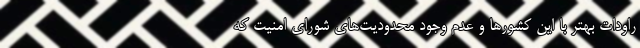
راودات‌ بهتر با این کشورها و عدم وجود محدودیت‌های شورای امنیت که